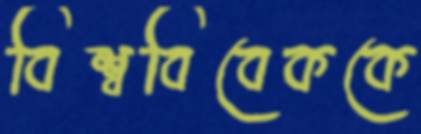
বিশ্ববিবেককে